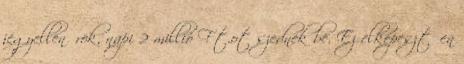
jegyellenőrök, napi 2 millió Ft.ot szednek be. Ez elképesztően